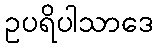
ဥပရိပါသာဒေ